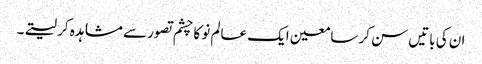
ان کی باتیں سن کر سامعین ایک عالم نو کا چشم تصور سے مشاہدہ کر لیتے۔